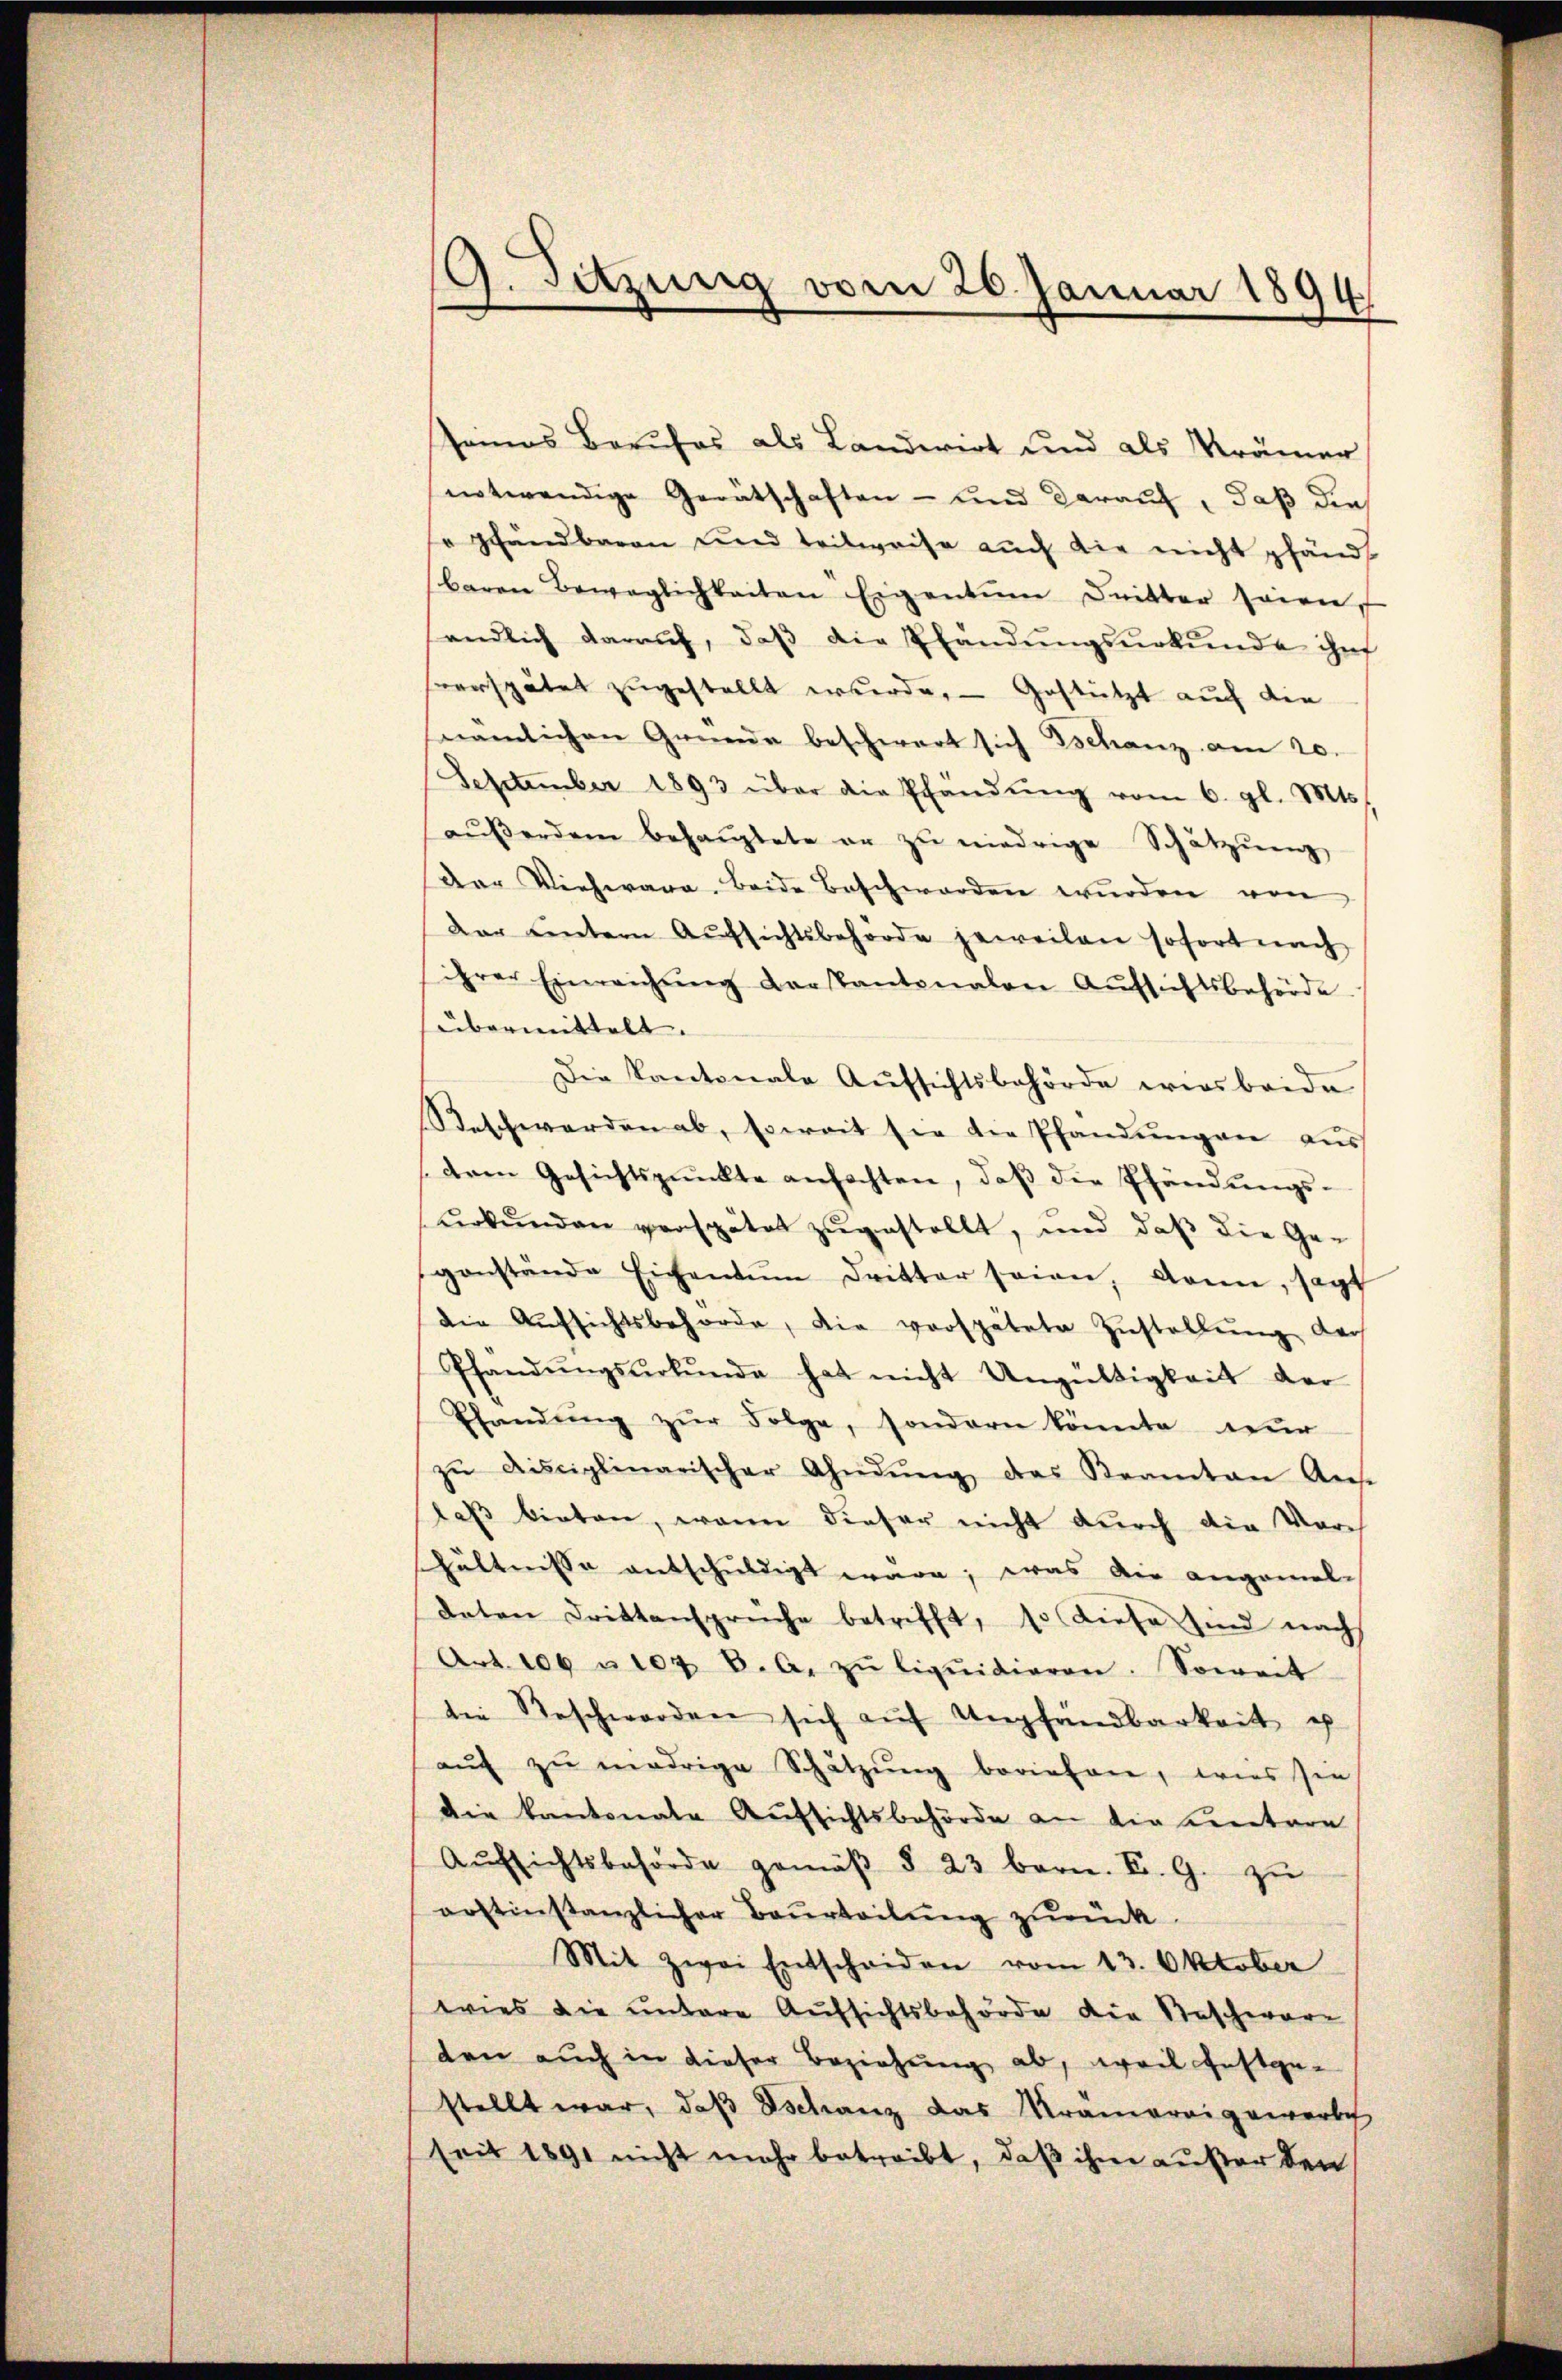
seines Berufes als Landwirt und als Krämer
notwendige Gerätschaften - und darauf, daß die
o Handbaren und teilweise auch die nicht pfänd
baren Beweglichkeiten Eigentum dritter seien
endlich darauf, daβ die Pfandŭngsurkunde ihn
sverspätet zugestellt werde. — Gestützt auch die
nämlichen Gründe beschwert sich schanz am 20.
September 1893 über die Pfandŭng vom 6. gl. Mts.
aŭβerdem behaŭptete er zŭ niedrige Schätzung
der Viehwara. Beide Beschworden wŭrden von
Dar untern Aŭfsichtsbehörde jeweilen sofort nach
ihrer Einreichŭng der Kantonalen Aŭfsichtsbehörde
übermittelt. |
Die Kantonale Aŭfsichtsbehörde wies beide
Beschwerden ab, soweit sie die Pfandungen aus
dren Gesichtspunkte anfachten, daβ die Pfändungs-
urkunden verspätet zugestellt, und daß die Ge-
gonstände Eichentum dritter seien, dann, sagt
die Aŭfsichtsbehörde, die verspätete Zŭstellŭng der
Pfandŭngsŭrkŭnde hat nicht Ungültigkeit der
Pfandung zŭr Folge, sondern könnte nur
zŭ disciplinarischer Ahndŭng, das Beamten Ans
laß bieten, wenn dieser nicht durch die Vorh
hältnisse entschuldigt wäre; was die angemel-
daten Drittansprüche betrifft, so diese sind nach
Art. 106 u. 104 6. A. zŭ liquidieren. Soweit
die Geschwerden sich auf Umpfandbarkeit u
aŭf zŭ niedrige Schätzung briefen, wies sie
die Kantonale Aufsichtsbehörde an die untere
Aŭfsichtsbehörde gemäβ § 23 bern. F. G. zu
orstinstanzlicher Beurteilŭng zurück
Mit zwei Entscheiden vom 13. Oktober
wies die untere Aufsichtsbehörde die Beschwarten auch in dieser Beziehung ab, weil festgestellt war, daβ Tschanz das Krämereigewerbe
seit 1891 nicht mehr betreibt, daß ihm außer den

9. Sitzung vom 20. Januar 1894